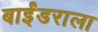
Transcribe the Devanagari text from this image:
बाईंडराला